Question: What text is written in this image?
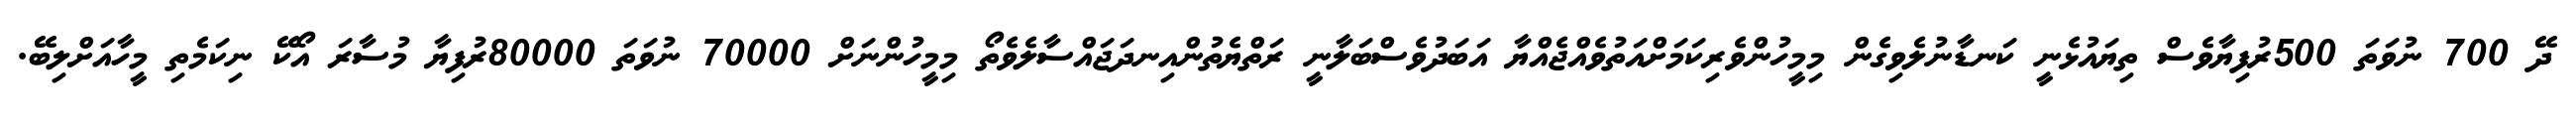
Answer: ދޭ 700 ނުވަތަ 500ރުފިޔާވެސް ތިޔައުޅެނީ ކަނޑާނުލެވިގެން މިމީހުންވެރިކަމަށްއަތުވެއްޖެއްޔާ އަބަދުވެސްބަލާނީ ރަތްޔެތުންއިނދަޖައްސާލެވެތޯ މިމީހުންނަށް 70000 ނުވަތަ 80000ރުފިޔާ މުސާރަ އޯކޭ ނިކަމެތި މީހާއަށްލިބޭ.